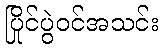
ပြိုင်ပွဲဝင်အသင်း